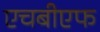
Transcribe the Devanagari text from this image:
एचबीएफ